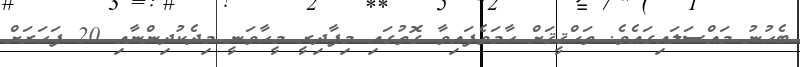
ބެހުނު މައްސަލަައިގައެވެ. ތަޙްޤީޤަށް ހާމަވެފައިވާ ގޮތުގައި މިފާދިރީ މީހާވަނީ މިދެކުދިންނާއި 20 ފަހަރަށް